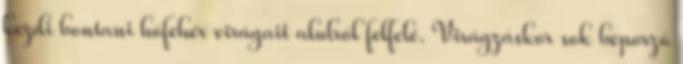
kezdi bontani hófehér virágait alulról felfelé. Virágzáskor sok beporzó